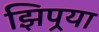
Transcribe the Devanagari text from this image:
झिपर्‍या